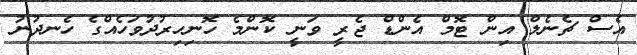
އެސް ޗެނެލް އިން ޓޮމް އެންޑް ޖެރީ ވަނީ ކޮންމެ ހޮނިހިރުދުވަހެއްގެ ހެނދުނު